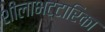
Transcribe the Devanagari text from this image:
शीलाभट्टारिका